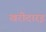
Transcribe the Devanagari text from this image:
खरीदारइ